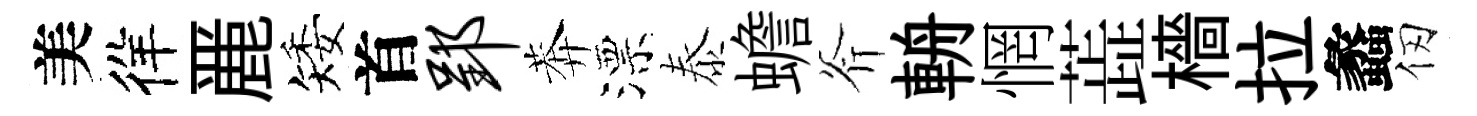
美徉䴡矮首郢莾漂泰蟾斧輈惘蕋檣拉蠡仞